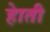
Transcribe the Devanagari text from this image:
हेाती